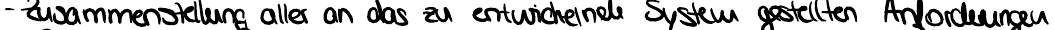
- Zusammenstellung aller an das zu entwickelnde System gestellten Anforderungen